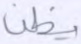
يظن